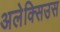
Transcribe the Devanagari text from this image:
अलेक्सिउस